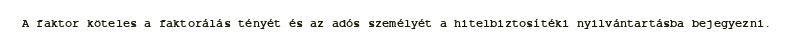
A faktor köteles a faktorálás tényét és az adós személyét a hitelbiztosítéki nyilvántartásba bejegyezni.